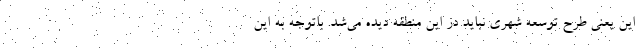
این یعنی طرح توسعه شهری نباید در این منطقه دیده می‌شد. باتوجه به این